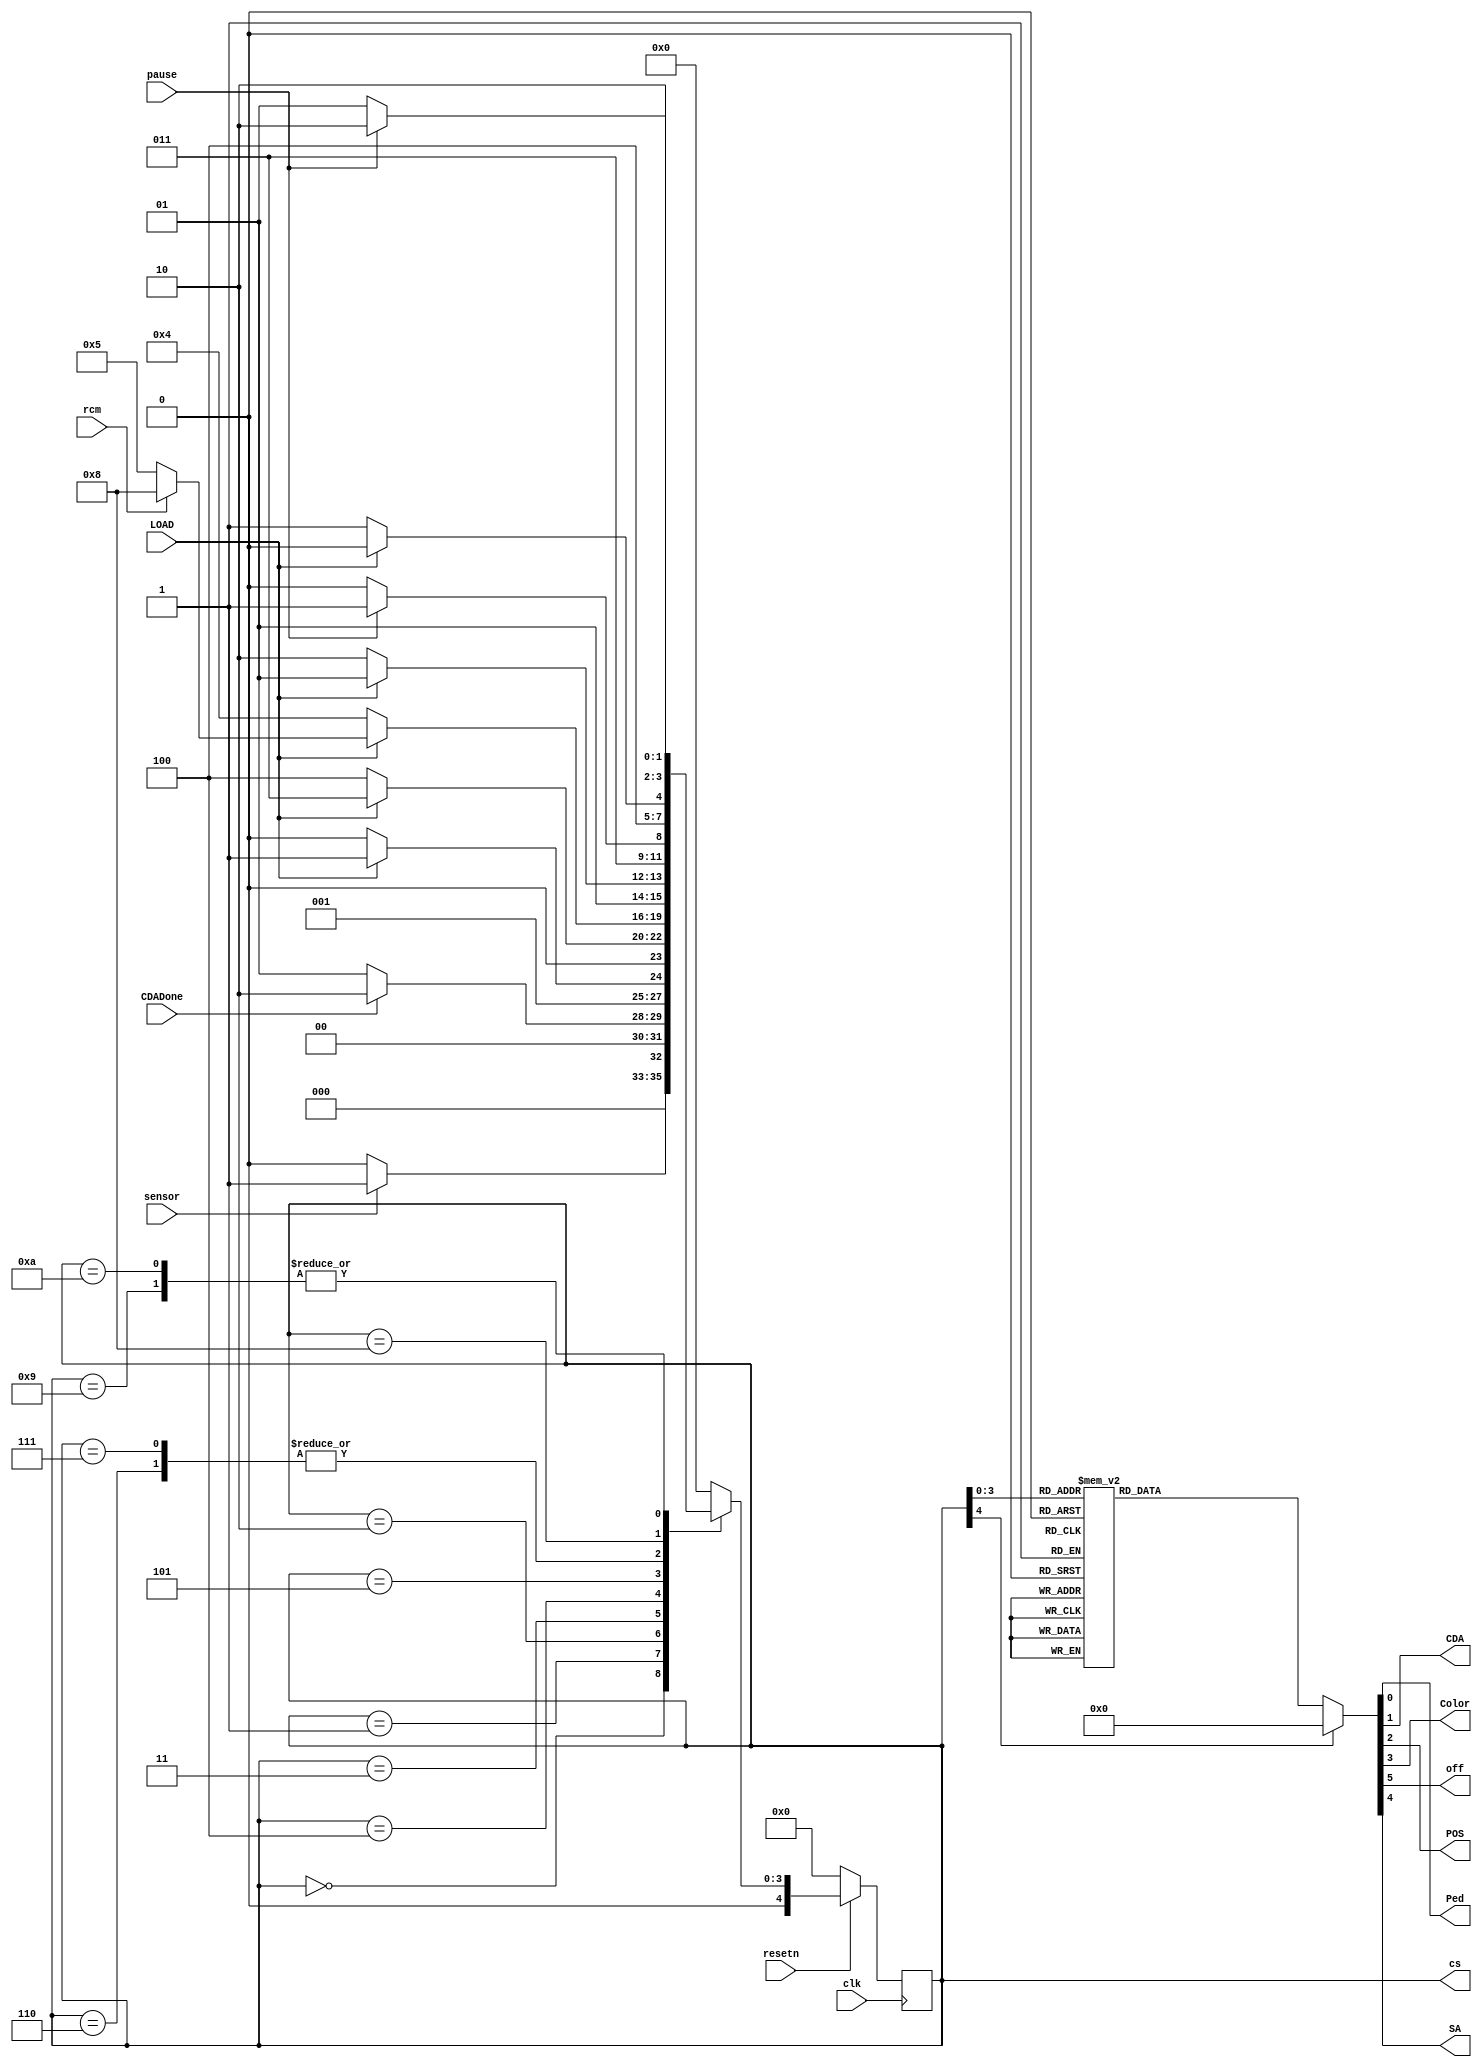

module fsm(
	input clk,
	input LOAD,
	input resetn, 
	input sensor,
	input pause, 
	
	input CDADone, // Countdown animation done
	input rcm, // rainbow Color mode: 1(true)
	
	output reg Ped, // paused 
	
	output reg CDA, //Countdown Animation
	output reg POS, // choosing position
	output reg Color, // choosing colour
	output reg off, // every light is off
	output reg SA, // Start Animation: Cubic animations
	
	output reg [4:0] cs // current state (*For simulation)
	);
	
	reg [4:0] ns;
	
	//Assigning next Stage
	always@(*) begin
		case(cs)
		
			5'd0: ns = sensor ? 5'd1 : 5'd0; //notes: sensor needs to stay 1 once activated
			5'd1: ns = CDADone ? 5'd2 : 5'd1;
			5'd2: ns = LOAD ? 5'd3 : 5'd2; // notes: key value (pressed -> 1)
			5'd3: ns = LOAD ? 5'd3 : 5'd4;
			5'd4: begin
				if(LOAD) begin
					if(rcm) ns = 5'd8;
					else ns = 5'd5;
				end
				else ns = 5'd4;
			end
			
			5'd5: ns = LOAD ? 5'd5 : 5'd6;
			5'd6: ns = pause ? 5'd7 : 5'd6; // notes: pressed -> true
			5'd7: ns = pause ? 5'd7 : 5'd6;
			
			5'd8: ns = LOAD ? 5'd8 : 5'd9;
			5'd9: ns = pause ? 5'd10 : 5'd9; 
			5'd10: ns = pause ? 5'd10 : 5'd9;
			default: ns = 5'd0;
				
		endcase
	end
	
	//output in each stage
	always@(*) begin
	
		off = 0;
		CDA = 0;
		POS = 0;
		Color = 0;
		SA = 0;
		Ped = 0;
		
		case(cs)
			5'd0: off = 1;
			5'd1: 
				CDA = 1;
				
			//Choosing pos
			5'd2: 
				POS = 1;
			5'd3: 
				POS = 1;
			
			//Choosing color 
			5'd4: begin
				Color = 1;
			end
			5'd5: begin
				Color = 1;
			end
			
			//animation (!rcm mode)
			5'd6: 
				SA = 1;
			
			5'd7: 
				Ped = 1;
			
			//Choosing color (rcm mode)
			5'd8: 
				Color = 1;
				
			5'd9: begin
				SA = 1;
			end
			
			5'd10: Ped = 1;
			
		endcase
	
	end

	always@(posedge clk) begin
		if(!resetn)
			cs <= 5'd0;
		else 
			cs <= ns;
			
	end

endmodule